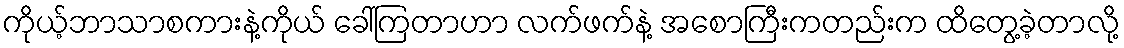
ကိုယ့်ဘာသာစကားနဲ့ကိုယ် ခေါ်ကြတာဟာ လက်ဖက်နဲ့ အစောကြီးကတည်းက ထိတွေ့ခဲ့တာလို့